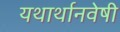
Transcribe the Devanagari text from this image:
यथार्थानवेषी